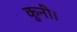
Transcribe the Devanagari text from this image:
कुनी।